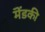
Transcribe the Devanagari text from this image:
मॆंडकी